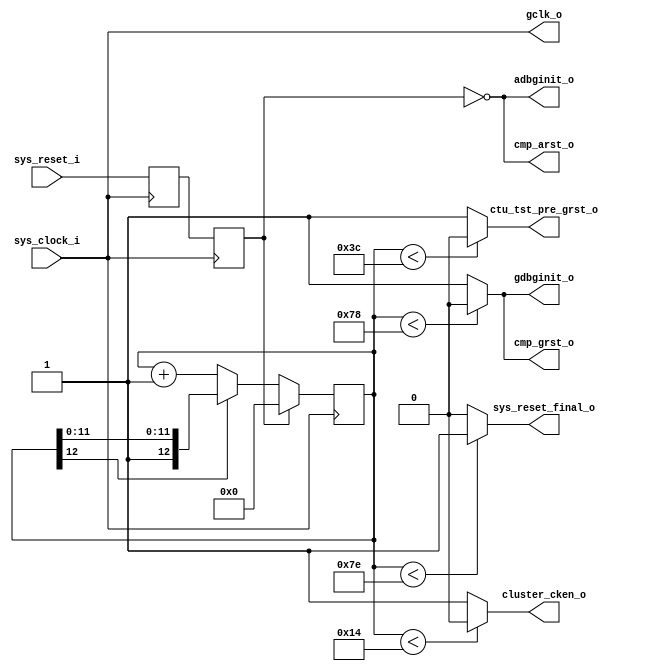
/*
 * Reset Controller
 *
 * (C) Copyleft 2007 Simply RISC LLP
 *
 * LICENSE:
 * This is a Free Hardware Design; you can redistribute it and/or
 * modify it under the terms of the GNU General Public License
 * version 2 as published by the Free Software Foundation.
 * The above named program is distributed in the hope that it will
 * be useful, but WITHOUT ANY WARRANTY; without even the implied
 * warranty of MERCHANTABILITY or FITNESS FOR A PARTICULAR PURPOSE.
 * See the GNU General Public License for more details.
 *
 * DESCRIPTION:
 * This block implements the Reset Controller used by the S1 Core
 * to wake up the SPARC Core of the OpenSPARC T1; its behavior was
 * reverse-engineered from the OpenSPARC waveforms.
 */

module rst_ctrl (
    sys_clock_i, sys_reset_i,
    cluster_cken_o, gclk_o, cmp_grst_o, cmp_arst_o,
    ctu_tst_pre_grst_o, adbginit_o, gdbginit_o,
    sys_reset_final_o
  );

  /*
   * Inputs
   */

  // System inputs
  input sys_clock_i;                            // System Clock
  input sys_reset_i;                            // System Reset

  /*
   * Registered Outputs
   */

  output gclk_o;

  /*
   * Registered Outputs
   */

  // SPARC Core inputs
  output cluster_cken_o;
  output cmp_grst_o;
  output cmp_arst_o;
  output ctu_tst_pre_grst_o;
  output adbginit_o;
  output gdbginit_o;
  output sys_reset_final_o;

  /*
   * Registers
   */

  // Counter used as a timer to strobe the reset signals
  reg [12:0] cycle_counter;

  /*
   * Procedural blocks
   */

  // This process handles the timer counter
  
  reg rst_sync;
  reg sys_reset;
  
  always @(posedge sys_clock_i)
     begin
        rst_sync<=sys_reset_i;
        sys_reset<=rst_sync;
        if(sys_reset==1'b1)
           cycle_counter<=0;
        else
           if(cycle_counter[12]==1'b0)
              cycle_counter<=cycle_counter+1;
     end
     
assign cmp_arst_o        =!sys_reset;
assign adbginit_o        =!sys_reset;
assign cluster_cken_o    =cycle_counter<'d20  ? 0:1;
assign ctu_tst_pre_grst_o=cycle_counter<'d60  ? 0:1;
assign gdbginit_o        =cycle_counter<'d120 ? 0:1;
assign cmp_grst_o        =cycle_counter<'d120 ? 0:1;
assign sys_reset_final_o =cycle_counter<'d126 ? 1:0;
assign gclk_o = sys_clock_i;

endmodule